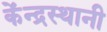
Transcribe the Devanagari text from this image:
केंन्द्रस्थानी